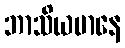
ဘာသိယမာနေ